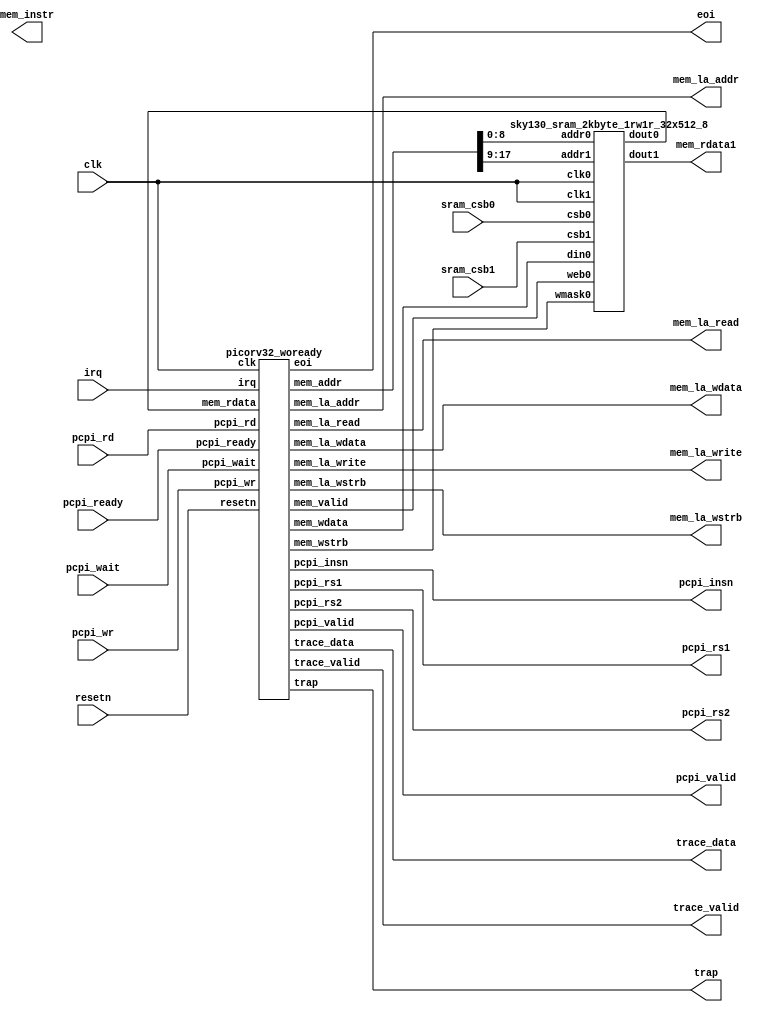
`timescale 1 ns / 1 ps

module picorv32_sram(
`ifdef USE_POWER_PINS
        input vccd1,
	input vssd1,
`endif
        input             clk, resetn,
	output            trap,
	input             sram_csb0,sram_csb1,
	output            mem_la_read,
	output            mem_la_write,
	output     [31:0] mem_la_addr,
	output [31:0]     mem_la_wdata,
	output [ 3:0]     mem_la_wstrb,
	output [31:0]     mem_rdata1,
	output            mem_instr,

	// Pico Co-Processor Interface (PCPI)
	output            pcpi_valid,
	output [31:0]     pcpi_insn,
	output     [31:0] pcpi_rs1,
	output     [31:0] pcpi_rs2,
	input             pcpi_wr,
	input      [31:0] pcpi_rd,
	input             pcpi_wait,
	input             pcpi_ready,

	// IRQ Interface
	input      [31:0] irq,
	output [31:0] eoi,

`ifdef RISCV_FORMAL
	output        rvfi_valid,
	output [63:0] rvfi_order,
	output [31:0] rvfi_insn,
	output        rvfi_trap,
	output        rvfi_halt,
	output        rvfi_intr,
	output [ 4:0] rvfi_rs1_addr,
	output [ 4:0] rvfi_rs2_addr,
	output [31:0] rvfi_rs1_rdata,
	output [31:0] rvfi_rs2_rdata,
	output [ 4:0] rvfi_rd_addr,
	output [31:0] rvfi_rd_wdata,
	output [31:0] rvfi_pc_rdata,
	output [31:0] rvfi_pc_wdata,
	output [31:0] rvfi_mem_addr,
	output [ 3:0] rvfi_mem_rmask,
	output [ 3:0] rvfi_mem_wmask,
	output [31:0] rvfi_mem_rdata,
	output [31:0] rvfi_mem_wdata,
`endif

	// Trace Interface
	output        trace_valid,
	output [35:0] trace_data
  );
	wire        mem_valid;
	wire [31:0] mem_addr;
	wire [31:0] mem_wdata;
	wire [ 3:0] mem_wstrb;
	wire [31:0] mem_rdata;
	wire [13:0] mem_addr_unused;
  
  assign mem_addr_unused=mem_addr[31:18]; //tying unused addr bits to outer pins to prevent any violations

  sky130_sram_2kbyte_1rw1r_32x512_8 sram(
  `ifdef USE_POWER_PINS
    .vccd1(vccd1),
    .vssd1(vssd1),
  `endif
  // Port 0: RW
    .clk0(clk),.csb0(sram_csb0),.web0(mem_valid),
    .wmask0(mem_wstrb),.addr0(mem_addr[8:0]),
    .din0(mem_wdata),.dout0(mem_rdata),
  // Port 1: R
    .clk1(clk),.csb1(sram_csb1),
    .addr1(mem_addr[17:9]),
    .dout1(mem_rdata1));

  picorv32_woready cpu(
        .clk(clk),.resetn(resetn),
	.trap(trap),
	.mem_valid(mem_valid),

	.mem_addr(mem_addr),
	.mem_wdata(mem_wdata),
	.mem_wstrb(mem_wstrb),
	.mem_rdata(mem_rdata),


	// Look-Ahead Interface
	.mem_la_read(mem_la_read),
	.mem_la_write(mem_la_write),
	.mem_la_addr(mem_la_addr),
	.mem_la_wdata(mem_la_wdata),
	.mem_la_wstrb(mem_la_wstrb),

	// Pico Co-Processor Interface (PCPI)
	.pcpi_valid(pcpi_valid),
	.pcpi_insn(pcpi_insn),
	.pcpi_rs1(pcpi_rs1),
	.pcpi_rs2(pcpi_rs2),
	.pcpi_wr(pcpi_wr),
	.pcpi_rd(pcpi_rd),
	.pcpi_wait(pcpi_wait),
	.pcpi_ready(pcpi_ready),

	// IRQ Interface
	.irq(irq),
	.eoi(eoi),

`ifdef RISCV_FORMAL
	.rvfi_valid(rvfi_valid),
	.rvfi_order(rvfi_order),
	.rvfi_insn(rvfi_insn),
	.rvfi_trap(rvfi_trap),
	.rvfi_halt(rvfi_halt),
	.rvfi_intr(rvfi_intr),
	.rvfi_rs1_addr(rvfi_rs1_addr),
	.rvfi_rs2_addr(rvfi_rs2_addr),
	.rvfi_rs1_rdata(rvfi_rs1_rdata),
	.rvfi_rs2_rdata(rvfi_rs2_rdata),
	.rvfi_rd_addr(rvfi_rd_addr),
	.rvfi_rd_wdata(rvfi_rd_wdata),
	.rvfi_pc_rdata(rvfi_pc_rdata),
	.rvfi_pc_wdata(rvfi_pc_wdata),
	.rvfi_mem_addr(rvfi_mem_addr),
	.rvfi_mem_rmask(rvfi_mem_rmask),
	.rvfi_mem_wmask(rvfi_mem_wmask),
	.rvfi_mem_rdata(rvfi_mem_rdata),
	.rvfi_mem_wdata(rvfi_mem_wdata),
`endif

	// Trace Interface
	.trace_valid(trace_valid),
	.trace_data(trace_data));
endmodule

(* blackbox *)
module picorv32_woready(
	input             clk, resetn,
	output            trap,

	output            mem_valid,
	output            mem_instr,

	output  [31:0]    mem_addr,
	output  [31:0]    mem_wdata,
	output  [ 3:0]    mem_wstrb,
	input   [31:0]    mem_rdata,

	// Look-Ahead Interface
	output            mem_la_read,
	output            mem_la_write,
	output     [31:0] mem_la_addr,
	output [31:0]     mem_la_wdata,
	output [ 3:0]     mem_la_wstrb,

	// Pico Co-Processor Interface (PCPI)
	output            pcpi_valid,
	output [31:0]     pcpi_insn,
	output     [31:0] pcpi_rs1,
	output     [31:0] pcpi_rs2,
	input             pcpi_wr,
	input      [31:0] pcpi_rd,
	input             pcpi_wait,
	input             pcpi_ready,

	// IRQ Interface
	input      [31:0] irq,
	output [31:0]     eoi,

`ifdef RISCV_FORMAL
	output        rvfi_valid,
	output [63:0] rvfi_order,
	output [31:0] rvfi_insn,
	output        rvfi_trap,
	output        rvfi_halt,
	output        rvfi_intr,
	output [ 4:0] rvfi_rs1_addr,
	output [ 4:0] rvfi_rs2_addr,
	output [31:0] rvfi_rs1_rdata,
	output [31:0] rvfi_rs2_rdata,
	output [ 4:0] rvfi_rd_addr,
	output [31:0] rvfi_rd_wdata,
	output [31:0] rvfi_pc_rdata,
	output [31:0] rvfi_pc_wdata,
	output [31:0] rvfi_mem_addr,
	output [ 3:0] rvfi_mem_rmask,
	output [ 3:0] rvfi_mem_wmask,
	output [31:0] rvfi_mem_rdata,
	output [31:0] rvfi_mem_wdata,
`endif

	// Trace Interface
	output        trace_valid,
	output [35:0] trace_data
);
endmodule

(* blackbox *)
module sky130_sram_2kbyte_1rw1r_32x512_8(
`ifdef USE_POWER_PINS
    vccd1,
    vssd1,
`endif
// Port 0: RW
    clk0,csb0,web0,wmask0,addr0,din0,dout0,
// Port 1: R
    clk1,csb1,addr1,dout1
  );

  parameter NUM_WMASKS = 4 ;
  parameter DATA_WIDTH = 32 ;
  parameter ADDR_WIDTH = 9 ;
  parameter RAM_DEPTH = 1 << ADDR_WIDTH;
  // FIXME: This delay is arbitrary.
  parameter DELAY = 3 ;
  parameter VERBOSE = 1 ; //Set to 0 to only display warnings
  parameter T_HOLD = 1 ; //Delay to hold dout value after posedge. Value is arbitrary

`ifdef USE_POWER_PINS
    inout vccd1;
    inout vssd1;
`endif
  input  clk0; // clock
  input   csb0; // active low chip select
  input  web0; // active low write control
  input [NUM_WMASKS-1:0]   wmask0; // write mask
  input [ADDR_WIDTH-1:0]  addr0;
  input [DATA_WIDTH-1:0]  din0;
  output [DATA_WIDTH-1:0] dout0;
  input  clk1; // clock
  input   csb1; // active low chip select
  input [ADDR_WIDTH-1:0]  addr1;
  output [DATA_WIDTH-1:0] dout1;

endmodule